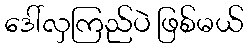
ဒေါ်လှကြည်ပဲ ဖြစ်မယ်